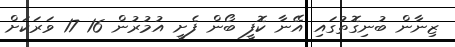
ޒިނާން ބުނިގޮތުގައި އޭނާ ކޮފީ ބޯން ފެށީ އުމުރުން 16 17 ވަރަކަށް